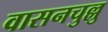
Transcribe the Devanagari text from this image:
वासनचुल्लु